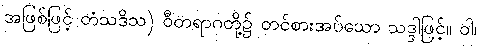
အဖြစ်ဖြင့် တံသဒိသ) ဝီတရာဂတို့၌ တင်စားအပ်သော သဒ္ဒါဖြင့်။ ဝါ၊